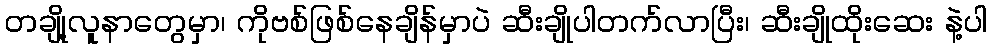
တချို့လူနာတွေမှာ၊ ကိုဗစ်ဖြစ်နေချိန်မှာပဲ ဆီးချိုပါတက်လာပြီး၊ ဆီးချိုထိုးဆေး နဲ့ပါ